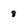
Character: 8